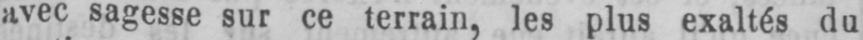
avec sagesse sur ce terrain, les plus exaltés du